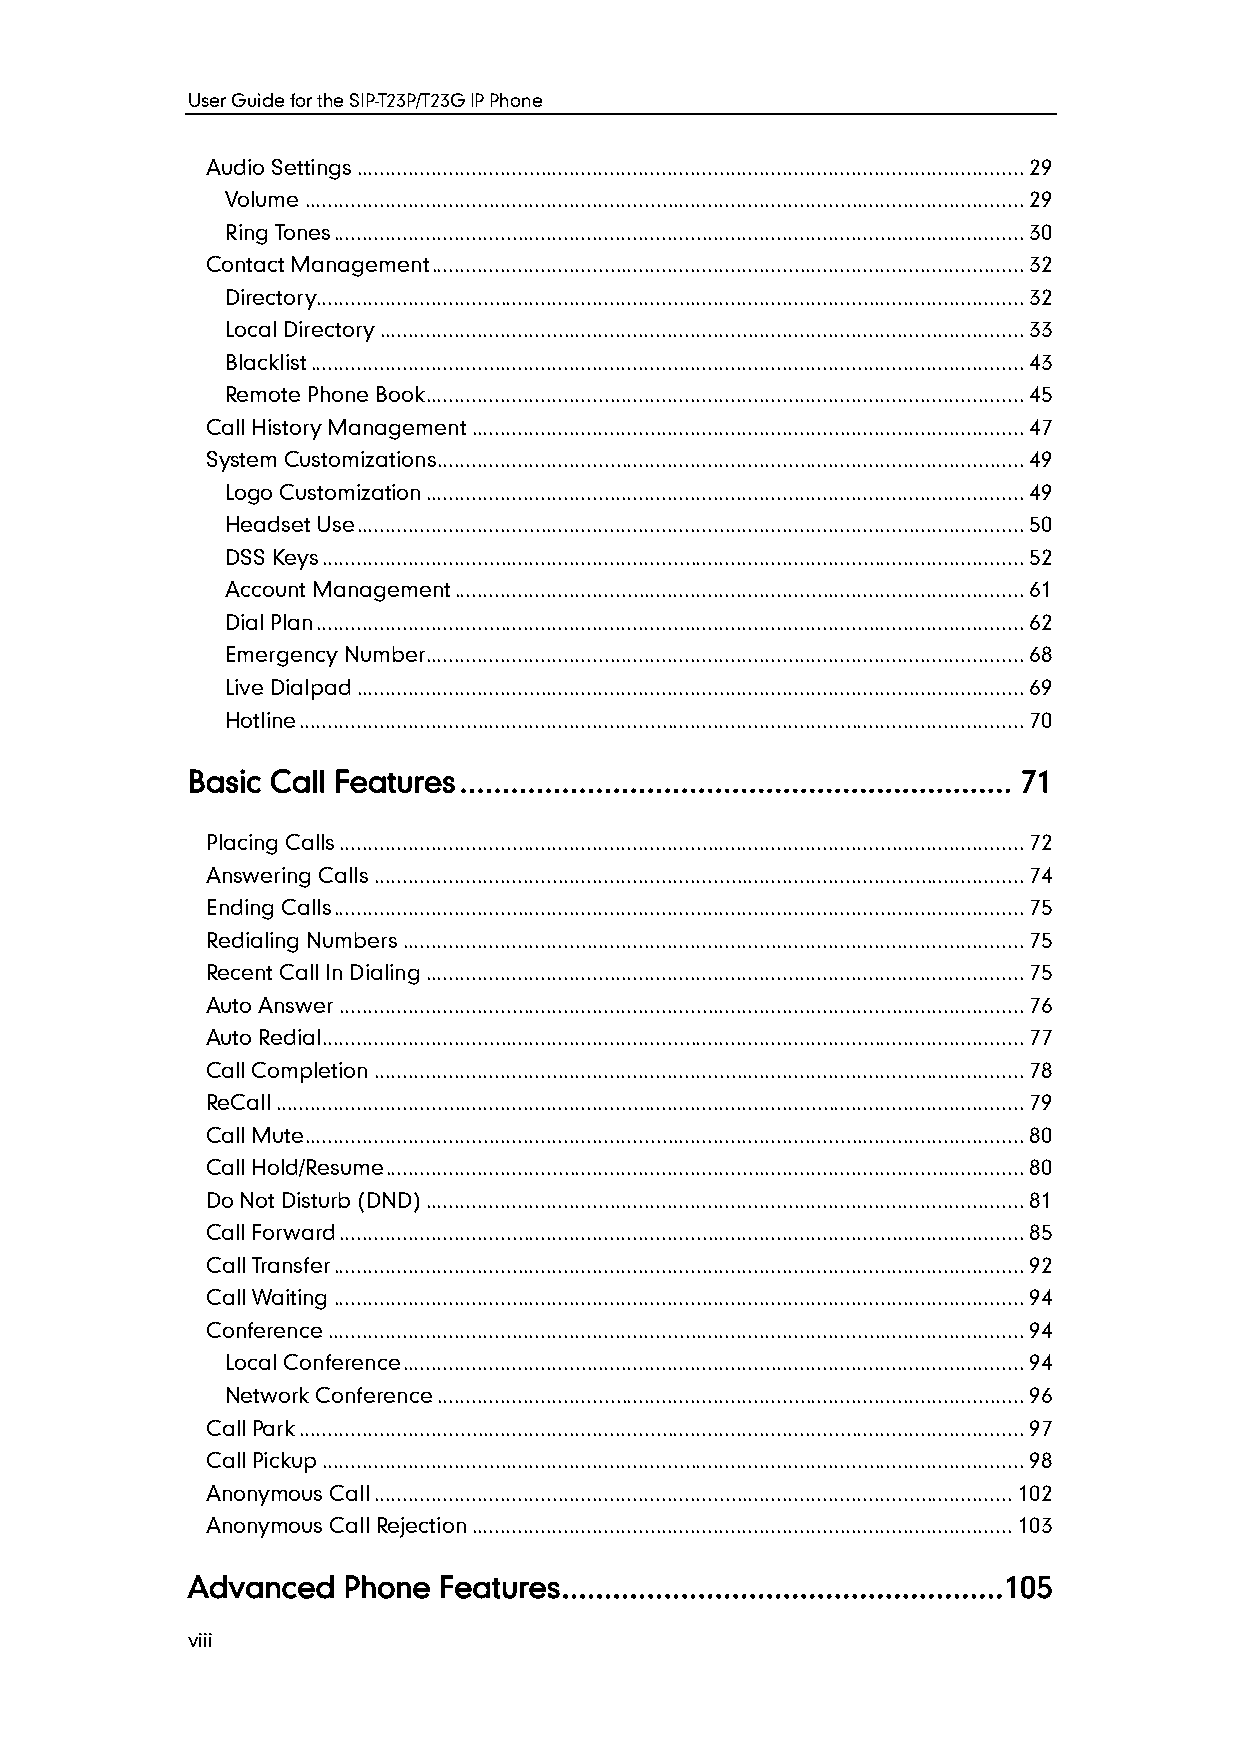
User Guide for the SIP-T23P/T23G IP Phone
 Audio Settings .................................................................................................................... 29
 Volume ............................................................................................................................. 29
 Ring Tones ........................................................................................................................ 30
 Contact Management ....................................................................................................... 32
 Directory........................................................................................................................... 32
 Local Directory ................................................................................................................ 33
 Blacklist ............................................................................................................................ 43
 Remote Phone Book ........................................................................................................ 45
 Call History Management ................................................................................................ 47
 System Customizations ...................................................................................................... 49
 Logo Customization ........................................................................................................ 49
 Headset Use .................................................................................................................... 50
 DSS Keys .......................................................................................................................... 52
 Account Management ................................................................................................... 61
 Dial Plan ........................................................................................................................... 62
 Emergency Number ........................................................................................................ 68
 Live Dialpad .................................................................................................................... 69
 Hotline .............................................................................................................................. 70
 Basic Call Features ................................................................. 71
 Placing Calls ....................................................................................................................... 72
 Answering Calls ................................................................................................................. 74
 Ending Calls ........................................................................................................................ 75
 Redialing Numbers ............................................................................................................ 75
 Recent Call In Dialing ........................................................................................................ 75
 Auto Answer ....................................................................................................................... 76
 Auto Redial .......................................................................................................................... 77
 Call Completion ................................................................................................................. 78
 ReCall .................................................................................................................................. 79
 Call Mute ............................................................................................................................. 80
 Call Hold/Resume ............................................................................................................... 80
 Do Not Disturb (DND) ........................................................................................................ 81
 Call Forward ....................................................................................................................... 85
 Call Transfer ........................................................................................................................ 92
 Call Waiting ........................................................................................................................ 94
 Conference ......................................................................................................................... 94
 Local Conference ............................................................................................................ 94
 Network Conference ...................................................................................................... 96
 Call Park .............................................................................................................................. 97
 Call Pickup .......................................................................................................................... 98
 Anonymous Call ............................................................................................................... 102
 Anonymous Call Rejection .............................................................................................. 103
 Advanced   Phone Features ....................................................105
 viii